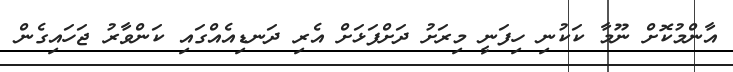
އާންމުކޮށް ނޫމާ ކަކުނި ހިފަނީ މިރަށު ދަށްފަޅަށް އެރި ދަނޑިއެއްގައި ކަންވާރު ޖަހައިގެން